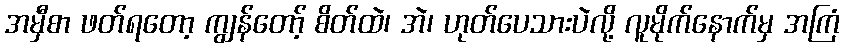
အမှီစာ ဖတ်ရတော့ ကျွန်တော့် စိတ်ထဲ၊ အဲ၊ ဟုတ်ပေသားပဲလို့ လူမိုက်နောက်မှ အကြံ